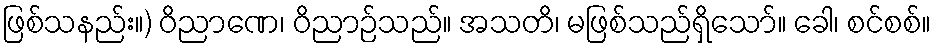
ဖြစ်သနည်း။) ဝိညာဏေ၊ ဝိညာဉ်သည်။ အသတိ၊ မဖြစ်သည်ရှိသော်။ ခေါ၊ စင်စစ်။